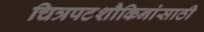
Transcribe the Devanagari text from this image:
चित्रपटशौकिनांसाठी